Treatise on elephants
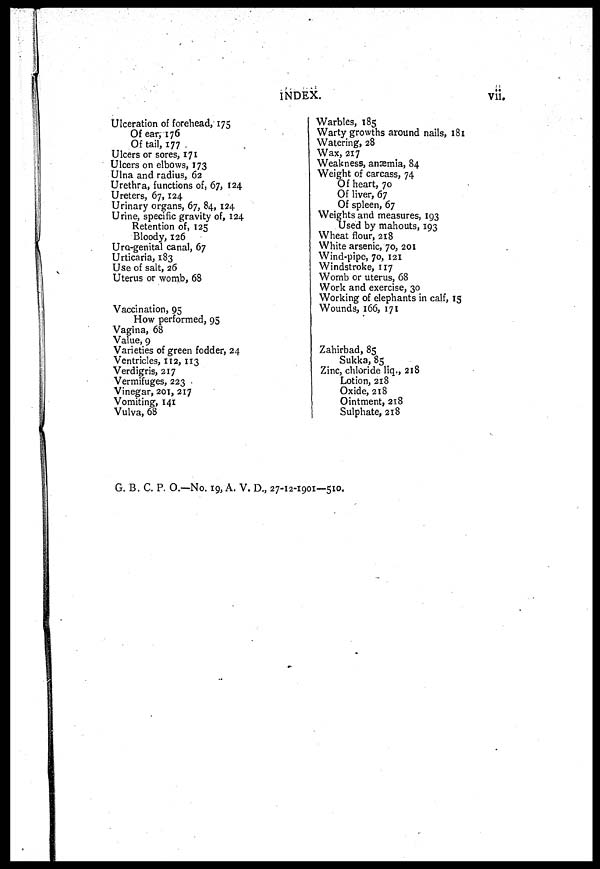
INDEX.
vii.
Ulceration of forehead, 175
Of ear, 176
Of tail, 177
Ulcers or sores, 171
Ulcers on elbows, 173
Ulna and radius, 62
Urethra, functions of, 67, 124
Ureters, 67,124
Urinary organs, 67, 84, 124
Urine, specific gravity of, 124
Retention of, 125
Bloody, 126
Uro-genital canal, 67
Urticaria, 183
Use of salt, 26
Uterus or womb, 68
Vaccination, 95
How performed, 95
Vagina, 68
Value, 9
Varieties of green fodder, 24
Ventricles, 112,113
Verdigris, 217
Vermifuges, 223
Vinegar, 201, 217
Vomiting, 141
Vulva, 68
Warbles, 185
Warty growths around nails, 181
Watering, 28
Wax, 217
Weakness, anaemia, 84
Weight of carcass, 74
Of heart, 70
Of liver, 67
Of spleen, 67
Weights and measures, 193
Used by mahouts, 193
Wheat flour, 218
White arsenic, 70, 201
Wind-pipe, 70, 121
Windstroke, 117
Womb or uterus, 68
Work and exercise, 30
Working of elephants in calf, 15
Wounds, 166, 171
Zahirbad, 85
Sukka, 85
Zinc, chloride liq., 218
Lotion, 218
Oxide, 218
Ointment, 218
Sulphate, 218
G. B. C. P. O.—No. 19, A. V. D., 27-12-1901—510.